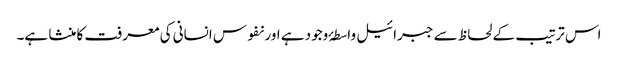
اس ترتیب کے لحاظ سے جبرائیل واسطۂ وجود ہے اور نفوس انسانی کی معرفت کا منشا ہے۔